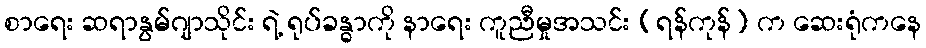
စာရေး ဆရာနွမ်ဂျာသိုင်း ရဲ့ ရုပ်ခန္ဓာကို နာရေး ကူညီမှုအသင်း (ရန်ကုန်) က ဆေးရုံကနေ